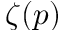
\zeta ( p )